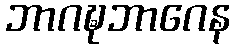
ဘာဂဍ္ဎဘာဂေန